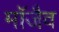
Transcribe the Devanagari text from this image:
माॅजैव